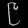
Digit: ၉